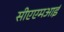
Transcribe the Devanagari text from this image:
सीएएमआई